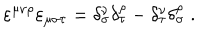
LaTeX: \varepsilon ^ { \mu \nu \rho } \varepsilon _ { \mu \sigma \tau } = \delta _ { \sigma } ^ { \nu } \delta _ { \tau } ^ { \rho } - \delta _ { \tau } ^ { \nu } \delta _ { \sigma } ^ { \rho } \; .